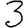
Digit: 3